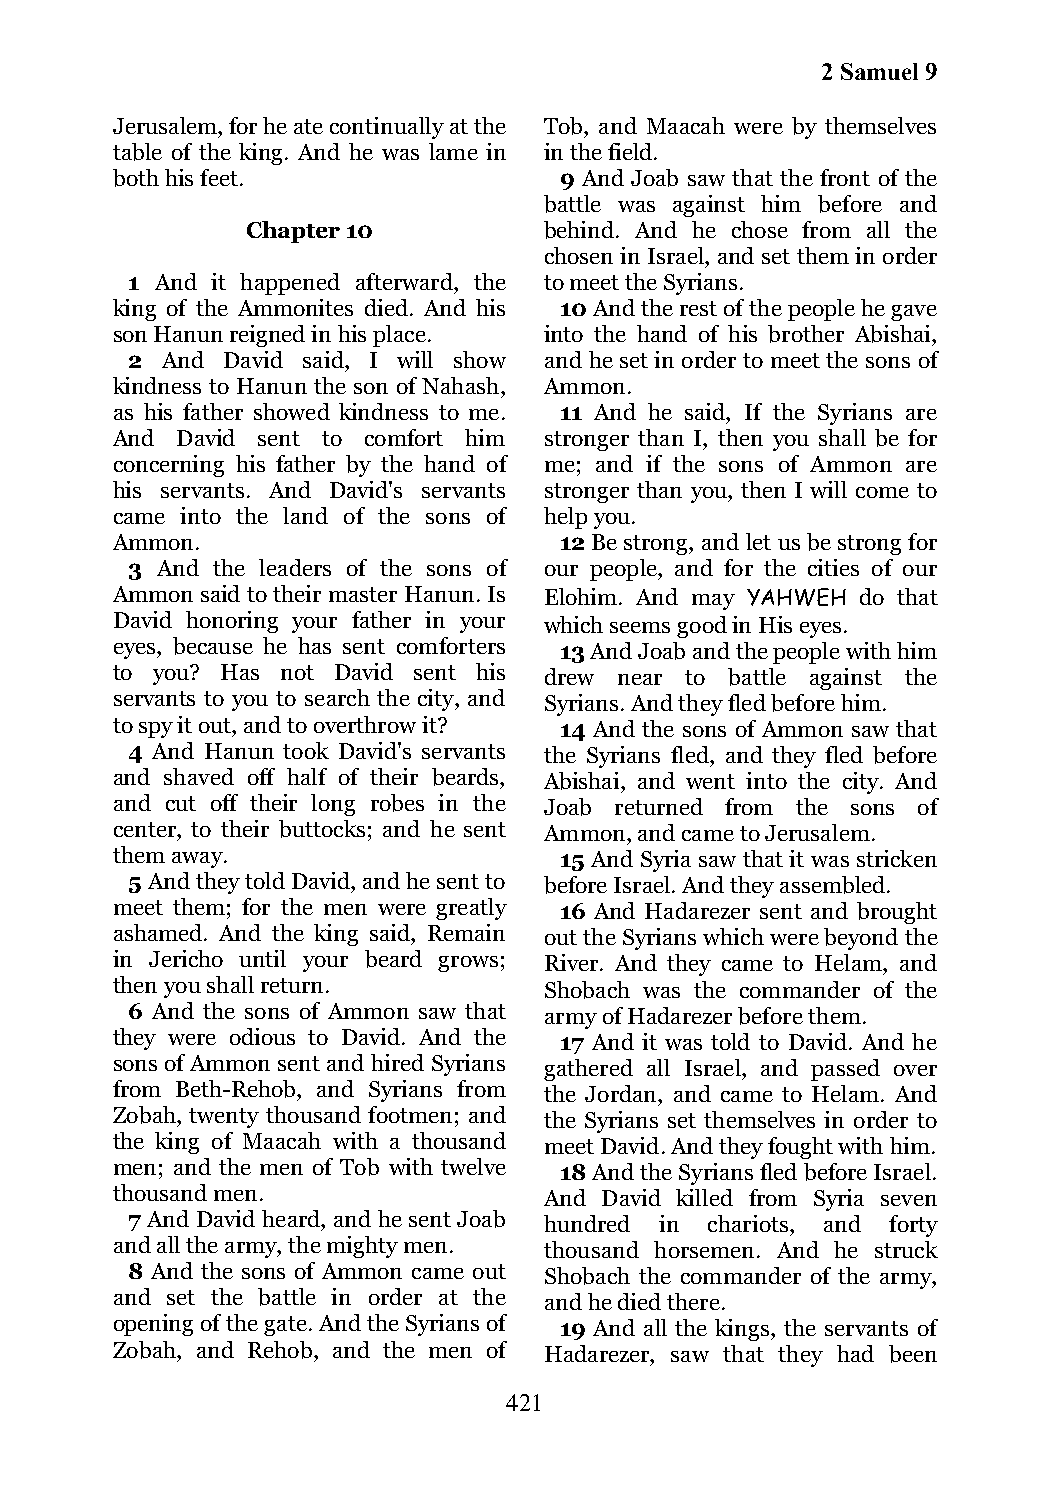
2 Samuel 9
 Jerusalem, for he ate continually at the Tob, and Maacah were by themselves
 table of the king. And he was lame in in the field.
 both his feet.                9 And Joab saw that the front of the
 battle was against him before and
 Chapter 10          behind. And he chose from all the
 chosen in Israel, and set them in order
 1 And it happened afterward, the to meet the Syrians.
 king of the Ammonites died. And his 10 And the rest of the people he gave
 son Hanun reigned in his place. into the hand of his brother Abishai,
 2  And David said, I will show and he set in order to meet the sons of
 kindness to Hanun the son of Nahash, Ammon.
 as his father showed kindness to me. 11 And he said, If the Syrians are
 And  David sent to comfort him stronger than I, then you shall be for
 concerning his father by the hand of me; and if the sons of Ammon are
 his servants. And David's servants stronger than you, then I will come to
 came into the land of the sons of help you.
 Ammon.                        12 Be strong, and let us be strong for
 3 And the leaders of the sons of our people, and for the cities of our
 Ammon said to their master Hanun. Is Elohim. And may YAHWEH do that
 David honoring your father in your which seems good in His eyes.
 eyes, because he has sent comforters 13 And Joab and the people with him
 to you? Has not David sent his drew near to battle against the
 servants to you to search the city, and Syrians. And they fled before him.
 to spy it out, and to overthrow it? 14 And the sons of Ammon saw that
 4 And Hanun took David's servants the Syrians fled, and they fled before
 and shaved off half of their beards, Abishai, and went into the city. And
 and cut off their long robes in the Joab returned from the sons of
 center, to their buttocks; and he sent Ammon, and came to Jerusalem.
 them away.                    15 And Syria saw that it was stricken
 5 And they told David, and he sent to before Israel. And they assembled.
 meet them; for the men were greatly 16 And Hadarezer sent and brought
 ashamed. And the king said, Remain out the Syrians which were beyond the
 in Jericho until your beard grows; River. And they came to Helam, and
 then you shall return.       Shobach was the commander of the
 6 And the sons of Ammon saw that army of Hadarezer before them.
 they were odious to David. And the 17 And it was told to David. And he
 sons of Ammon sent and hired Syrians gathered all Israel, and passed over
 from Beth-Rehob, and Syrians from the Jordan, and came to Helam. And
 Zobah, twenty thousand footmen; and the Syrians set themselves in order to
 the king of Maacah with a thousand meet David. And they fought with him.
 men; and the men of Tob with twelve 18 And the Syrians fled before Israel.
 thousand men.                And David killed from Syria seven
 7 And David heard, and he sent Joab hundred in chariots, and forty
 and all the army, the mighty men. thousand horsemen. And he struck
 8 And the sons of Ammon came out Shobach the commander of the army,
 and set the battle in order at the and he died there.
 opening of the gate. And the Syrians of 19 And all the kings, the servants of
 Zobah, and Rehob, and the men of Hadarezer, saw that they had been
 421